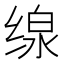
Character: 缐